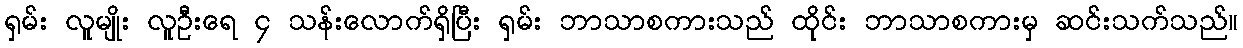
ရှမ်း လူမျိုး လူဦးရေ ၄ သန်းလောက်ရှိပြီး ရှမ်း ဘာသာစကားသည် ထိုင်း ဘာသာစကားမှ ဆင်းသက်သည်။